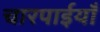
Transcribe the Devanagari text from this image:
चारपाईयाँ